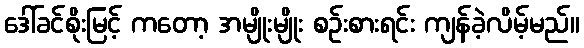
ဒေါ်ခင်စိုးမြင့် ကတော့ အမျိုးမျိုး စဉ်းစားရင်း ကျန်ခဲ့လိမ့်မည်။